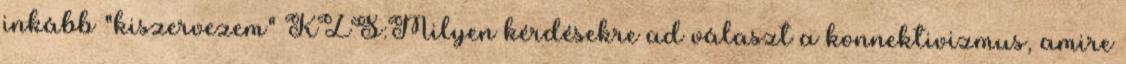
inkább "kiszervezem" KZS:Milyen kérdésekre ad választ a konnektivizmus, amire